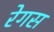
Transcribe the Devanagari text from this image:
रेगस